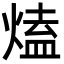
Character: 熆